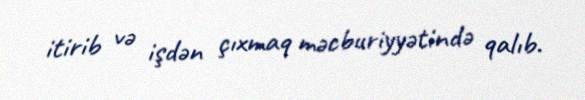
itirib və işdən çıxmaq məcburiyyətində qalıb.